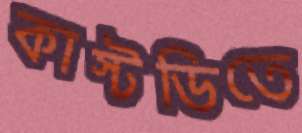
কাস্টডিতে